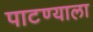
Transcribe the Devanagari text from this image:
पाटण्याला